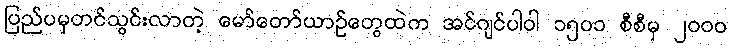
ပြည်ပမှတင်သွင်းလာတဲ့ မော်တော်ယာဉ်တွေထဲက အင်ဂျင်ပါဝါ ၁၅၀၁ စီစီမှ ၂၀၀၀